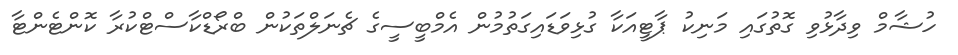
ހުޝާމް ވިދާޅުވި ގޮތުގައި މަނިކު ޕާޓީއަކާ ގުޅިވަޑައިގަތުމުން އެމްބީސީގެ ޗެނަލްތަކުން ބްރޯޑްކާސްޓްކުރާ ކޮންޓެންޓާ